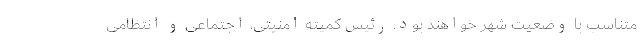
متناسب با وضعیت شهر خواهند بود. رئیس کمیته امنیتی، اجتماعی و انتظامی